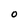
Character: 0